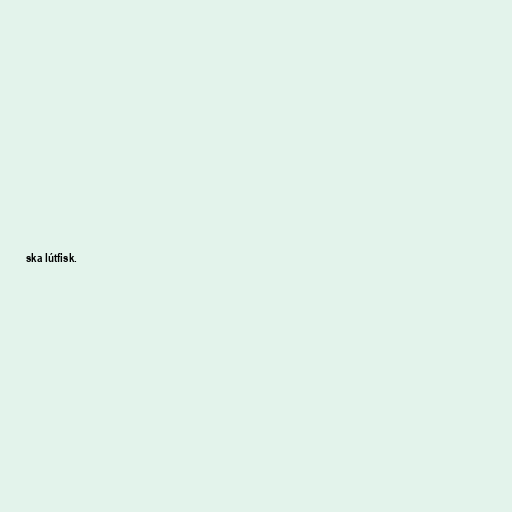
ska lútfisk.